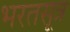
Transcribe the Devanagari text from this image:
भरतसूत्र